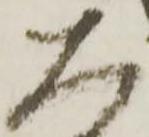
大